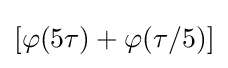
[\varphi (5\tau )+\varphi (\tau /5)]